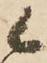
候